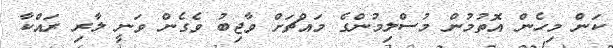
ކަން މިހެން އޮތުމުން މުސްލިމުންގެ މައްޗަށް ވާޖިބު ވެގެން ވަނީ ލާރި ރައްކާ